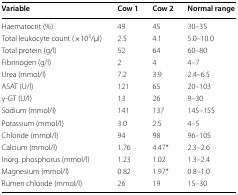
<table><thead><tr><td><b>Variable</b></td><td><b>Cow 1</b></td><td><b>Cow 2</b></td><td><b>Normal range</b></td></tr></thead><tbody><tr><td>Haematocrit (%)</td><td>49</td><td>45</td><td>30–35</td></tr><tr><td>Total leukocyte count (×10<sup>3</sup>/μl)</td><td>2.5</td><td>4.1</td><td>5.0–10.0</td></tr><tr><td>Total protein (g/l)</td><td>52</td><td>64</td><td>60–80</td></tr><tr><td>Fibrinogen (g/l)</td><td>2</td><td>4</td><td>4–7</td></tr><tr><td>Urea (mmol/l)</td><td>7.2</td><td>3.9</td><td>2.4–6.5</td></tr><tr><td>ASAT (U/l)</td><td>121</td><td>65</td><td>20–103</td></tr><tr><td>γ-GT (U/l)</td><td>13</td><td>26</td><td>9–30</td></tr><tr><td>Sodium (mmol/l)</td><td>141</td><td>137</td><td>145–155</td></tr><tr><td>Potassium (mmol/l)</td><td>3.0</td><td>2.5</td><td>4–5</td></tr><tr><td>Chloride (mmol/l)</td><td>94</td><td>98</td><td>96–105</td></tr><tr><td>Calcium (mmol/l)</td><td>1.76</td><td>4.47*</td><td>2.3–2.6</td></tr><tr><td>Inorg. phosphorus (mmol/l)</td><td>1.23</td><td>1.02</td><td>1.3–2.4</td></tr><tr><td>Magnesium (mmol/l)</td><td>0.82</td><td>1.97*</td><td>0.8–1.0</td></tr><tr><td>Rumen chloride (mmol/l)</td><td>26</td><td>19</td><td>15–30</td></tr></tbody></table>